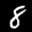
Label: 8